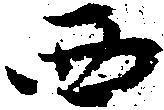
西